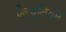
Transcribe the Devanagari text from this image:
ऐल्यूवियम